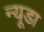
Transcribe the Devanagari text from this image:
न्यूडा